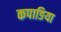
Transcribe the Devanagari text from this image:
कपाङिया